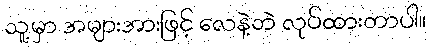
သူ့မှာ အများအားဖြင့် လေနဲ့ဘဲ လုပ်ထားတာပါ။